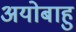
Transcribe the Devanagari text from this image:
अयोबाहु